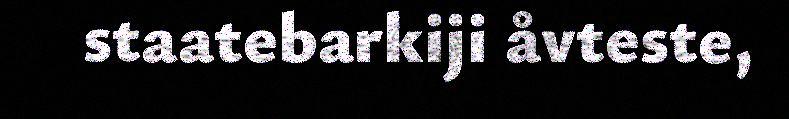
staatebarkiji åvteste,